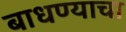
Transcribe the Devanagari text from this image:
बाधण्याचा